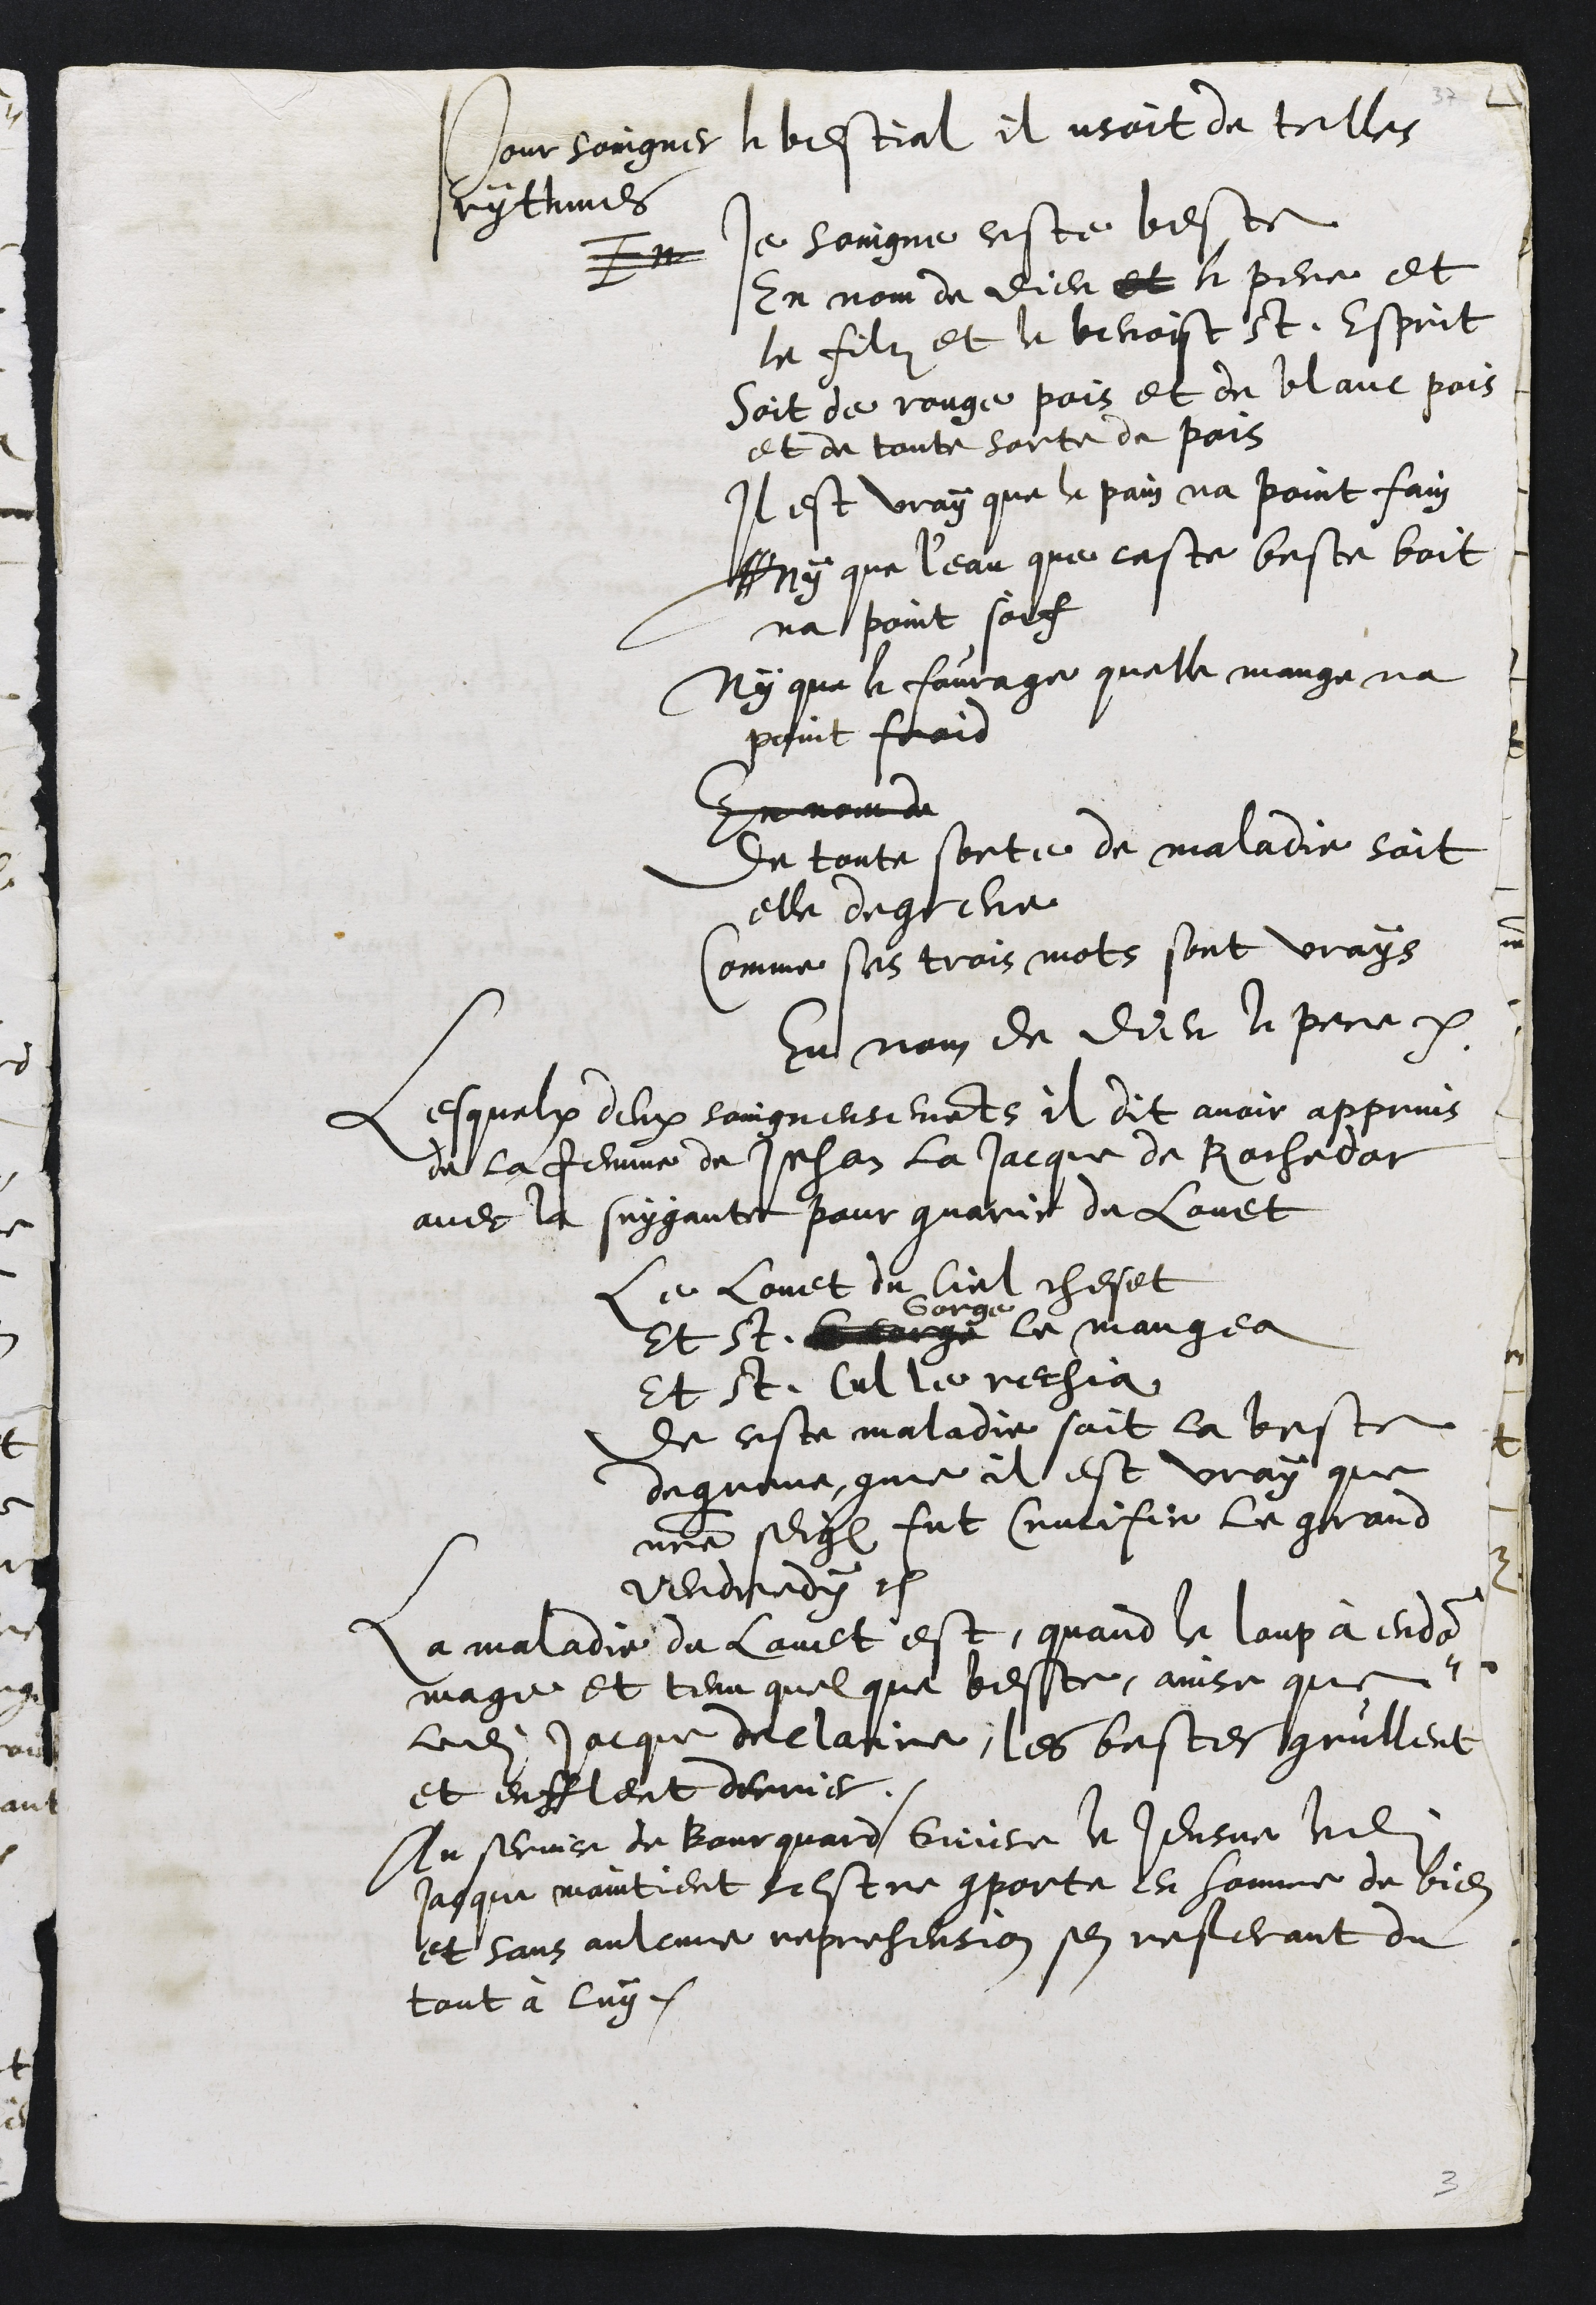
Pour soingner le bestial il usoit de telles
rythmes
En
Je soingne ceste beste
en nom de Dieu et le pere et
le filz et le benoist St. Esprit
soit de rouge pois et de blanc pois
et de toute sorte de pois
Il est vray que le pain na point fain
N Ny que leau que ceste beste boit
na point soif
Ny que le fourage quelle mange na
point froid
En nom de
de toute sorte de maladie soit
elle degreve
Comme ses trois mots sont vrays
En nom de Dieu le pere etc.

Lesquelx deux soingneusement il dit avoir apprins
de la femme de Jehan la Jacque de Rochedor
avec la suygante pour guarir du Lovet
L e Lovet du Ciel cheset
Et St George
Gorge
le mangea
Et St Cul le rechia
de ceste maladie soit la beste
degreve, comme il est vray que
notre seig fut Crucifie le grand
vendredy
La maladie de lovet est quand le loup à endo¬
mage et tenu quelque beste, ainsi que
ledit Jaque declaire, les bestes grullent
et enflent derrier
Au service de Bourquard Guier le Jeusne ledit
Jacque maintient sestre comporte en homme de bien
et sans aulcune reprehension sen referant du
tout à luy.